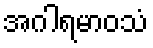
အဂါရမာဝသံ